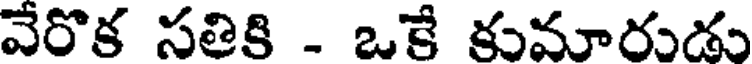
వేరొక సతికి - ఒకే కుమారుడు